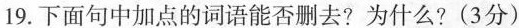
19.下面句中加点的词语能否删去?为什么?(3分)